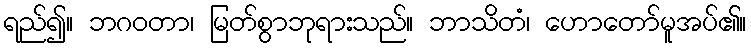
ရည်၍။ ဘဂဝတာ၊ မြတ်စွာဘုရားသည်။ ဘာသိတံ၊ ဟောတော်မူအပ်၏။